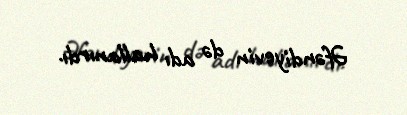
Əfəndiyevin də adı hallanırdı.